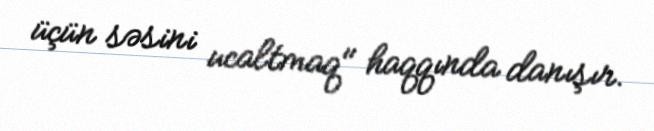
üçün səsini ucaltmaq" haqqında danışır.